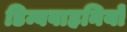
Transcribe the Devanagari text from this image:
डिम्बवाहनियों